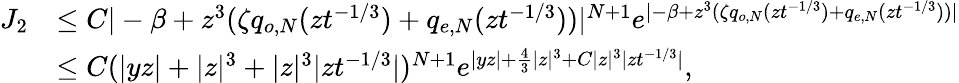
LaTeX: \begin{array}{rl}{J_{2}}&{\leq C|-\beta+z^{3}(\zeta q_{o,N}(zt^{-1/3})+q_{e,N}(zt^{-1/3}))|^{N+1}e^{|-\beta+z^{3}(\zeta q_{o,N}(zt^{-1/3})+q_{e,N}(zt^{-1/3}))|}}\\ &{\leq C(|yz|+|z|^{3}+|z|^{3}|zt^{-1/3}|)^{N+1}e^{|yz|+\frac{4}{3}|z|^{3}+C|z|^{3}|zt^{-1/3}|},}\end{array}